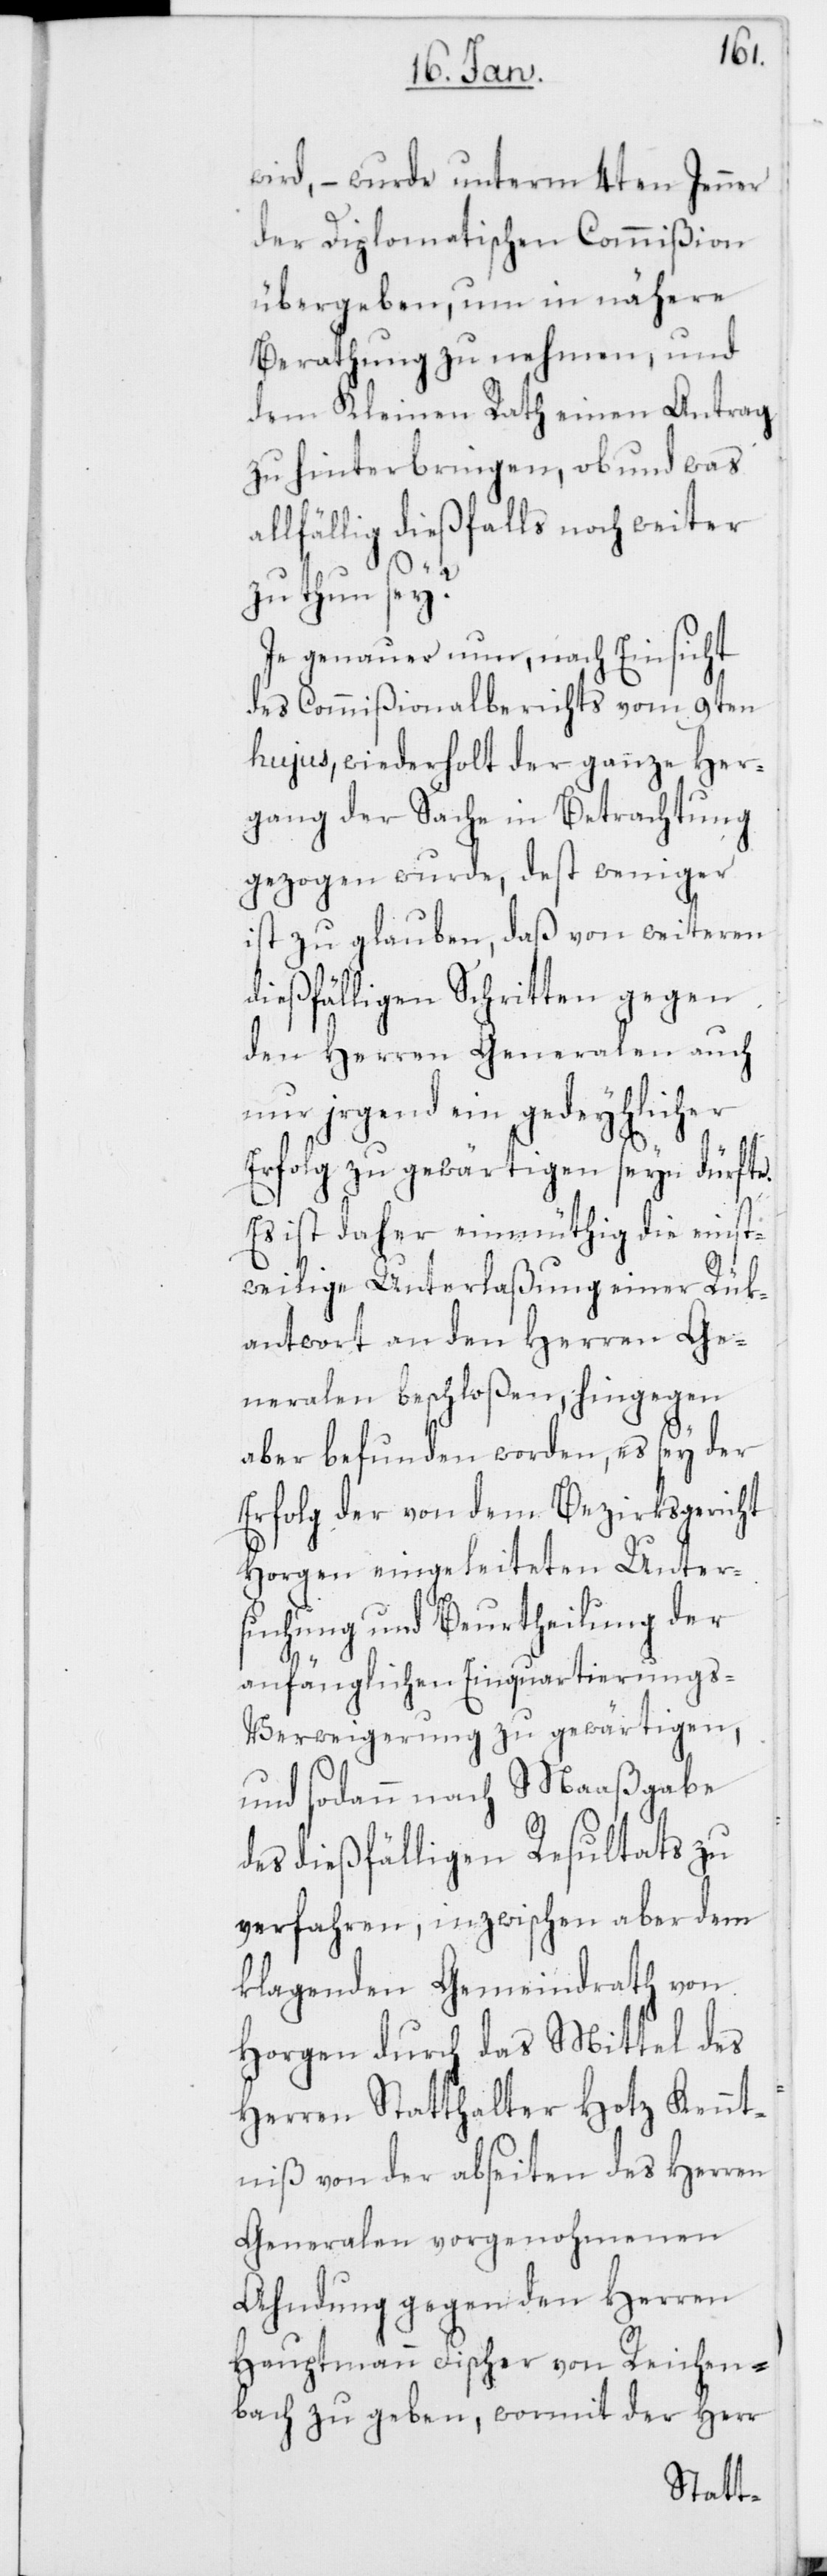
wird, – wurde unterm 4ten Jenner
der Diplomatischen Commißion
übergeben, um in nähere
Berathung zu nehmen, und
dem Kleinen Rath einen Antrag
zu hinterbringen, ob und was
allfällig dießfalls noch weiter
zu thun sey?
Je genauer nun, nach Einsicht
des Commißionalberichts vom 9ten
hujus, wiederholt der ganze Her¬
gang der Sache in Betrachtung
gezogen wurde, dest[o] weniger
ist zu glauben, daß von weiteren
dießfälligen Schritten gegen
den Herren Generalen auch
nur irgend ein gedeyhlicher
Erfolg zu gewärtigen seyn dürfte.
Es ist daher einmüthig die einst¬
weilige Unterlaßung einer Rük¬
antwort an den Herren Ge¬
neralen beschloßen, hingegen
aber befunden worden, es sey der
Erfolg der von dem Bezirksgericht
Horgen eingeleiteten Unter¬
suchung und Beurtheilung der
anfänglichen Einquartierung¬
s-Verweigerung zu gewärtigen,
und sodann nach Maaßgabe
des dießfälligen Resultats zu
verfahren, inzwischen aber dem
klagenden Gemeindrath von
Horgen durch das Mittel des
Herren Statthalter Hotz Kennt¬
niß von der abseiten des Herren
Generalen vorgenohmenen
Ahndung gegen den Herren
Hauptmann Fischer von Reichen¬
bach zu geben, wormit der Herr